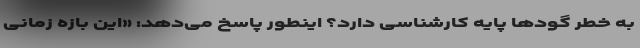
به خطر گودها پایه کارشناسی دارد؟ اینطور پاسخ می‌دهد: «این بازه زمانی